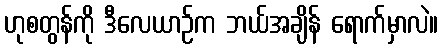
ဟုစတွန်ကို ဒီလေယာဉ်က ဘယ်အချိန် ရောက်မှာလဲ။